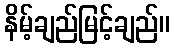
နိမ့်ချည်မြင့်ချည်။